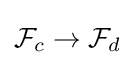
{\mathcal {F}}_{c}\to {\mathcal {F}}_{d}